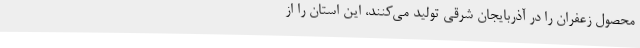
محصول زعفران را در آذربایجان شرقی تولید می‌کنند، این استان را از